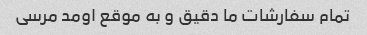
تمام سفارشات ما دقیق و به موقع اومد مرسی